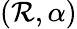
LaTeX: \left(\mathcal{R},\alpha\right)